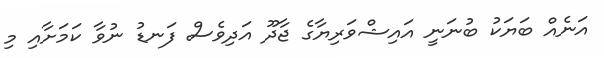
އަނެއް ބަޔަކު ބުނަނީ އައިޝްވަރިޔާގެ ޖާދޫ އަދިވެސް ފަނޑު ނުވާ ކަމަށާއި މި